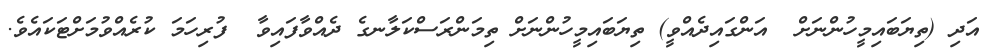
އަދި (ތިޔަބައިމީހުންނަށް  އަންގައިދެއްވީ) ތިޔަބައިމީހުންނަށް ތިމަންރަސްކަލާނގެ ދެއްވާފައިވާ  ފުރިހަމަ ކުރެއްވުމަށްޓަކައެވެ.